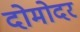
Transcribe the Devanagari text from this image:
दोमोदर